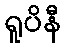
ရူပိနီ